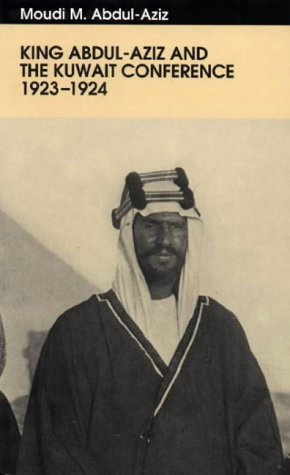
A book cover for King Abdul-aziz & The Kuwait Conference; Moudi Mansour Abdul-Aziz; History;